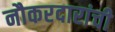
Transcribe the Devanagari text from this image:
नौकरदारांची